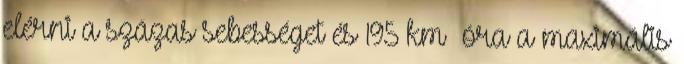
elérni a százas sebességet és 195 km óra a maximális